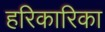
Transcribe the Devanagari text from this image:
हरिकारिका